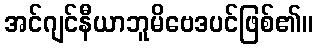
အင်ဂျင်နီယာဘူမိဗေဒပင်ဖြစ်၏။